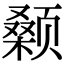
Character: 颡